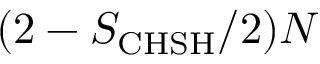
( 2 - S _ { \mathrm { C H S H } } / 2 ) N